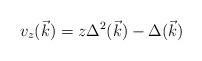
LaTeX: \begin{align*}v_{z}(\vec{k}) = z \Delta^{2}(\vec{k}) - \Delta (\vec{k})\end{align*}